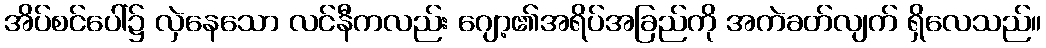
အိပ်စင်ပေါ်၌ လှဲနေသော လင်နီကလည်း ဂျော့၏အရိပ်အခြည်ကို အကဲခတ်လျက် ရှိလေသည်။